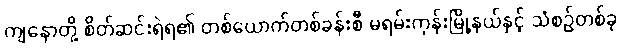
ကျနောတို့ စိတ်ဆင်းရဲရ၏ တစ်ယောက်တစ်ခန်းစီ မရမ်းကုန်းမြို့နယ်နှင့် သံစဉ်တစ်ခု